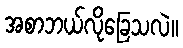
အစာဘယ်လိုခြေသလဲ။